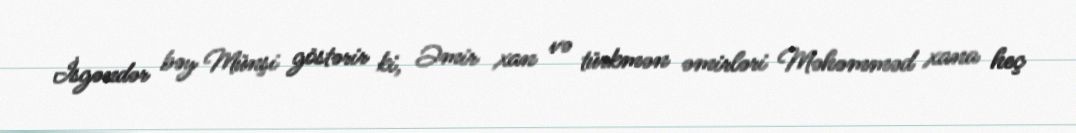
İsgəndər bəy Münşi göstərir ki, Əmir xan və türkmən əmirləri Məhəmməd xana heç